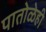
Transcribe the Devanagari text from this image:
पातोळेही